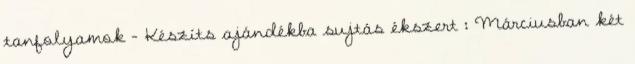
tanfolyamok - Készíts ajándékba sujtás ékszert : Márciusban két